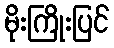
မိုးကြိုးပြင်